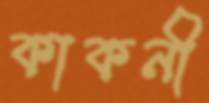
কাকনী